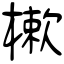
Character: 樕